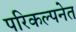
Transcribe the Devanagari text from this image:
परिकल्पनेत